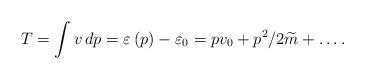
LaTeX: \begin{align*}T=\int v\,dp=\varepsilon \left( p\right) -\varepsilon _{0}=pv_{0}+p^{2}/2\widetilde{m}+\ldots.\end{align*}